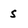
Character: s